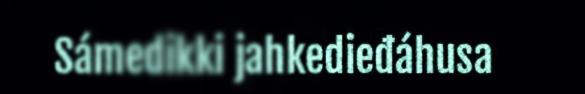
Sámedikki jahkedieđáhusa